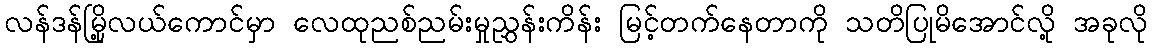
လန်ဒန်မြို့လယ်ကောင်မှာ လေထုညစ်ညမ်းမှုညွှန်းကိန်း မြင့်တက်နေတာကို သတိပြုမိအောင်လို့ အခုလို